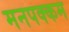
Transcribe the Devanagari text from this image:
मनपक्कम